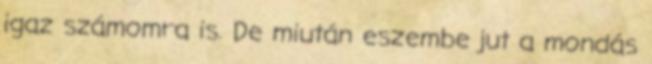
igaz számomra is. De miután eszembe jut a mondás